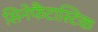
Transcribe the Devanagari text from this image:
सिनेफैंटास्टिक